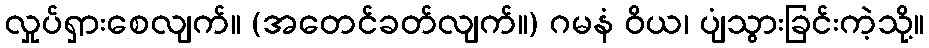
လှုပ်ရှားစေလျက်။ (အတေင်ခတ်လျက်။) ဂမနံ ဝိယ၊ ပျံသွားခြင်းကဲ့သို့။